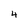
Character: 4